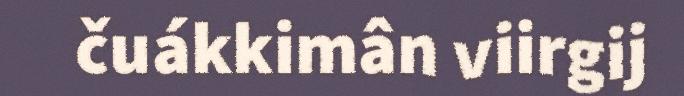
čuákkimân viirgij